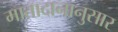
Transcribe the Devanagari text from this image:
मातादानानुसार